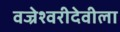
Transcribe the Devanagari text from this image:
वज्रेश्वरीदेवीला